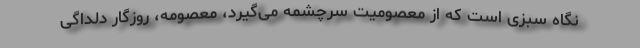
نگاه سبزى است که از معصومیت سرچشمه مى‌گیرد، معصومه، روزگار دلداگى